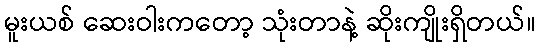
မူးယစ် ဆေးဝါးကတော့ သုံးတာနဲ့ ဆိုးကျိုးရှိတယ်။